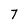
Character: 7